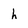
Character: h